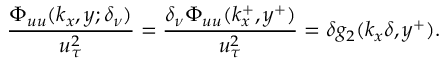
\frac { \Phi _ { u u } ( k _ { x } , y ; \delta _ { \nu } ) } { u _ { \tau } ^ { 2 } } = \frac { \delta _ { \nu } \Phi _ { u u } ( k _ { x } ^ { + } , y ^ { + } ) } { u _ { \tau } ^ { 2 } } = \delta g _ { 2 } ( k _ { x } \delta , y ^ { + } ) .